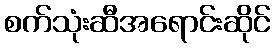
စက်သုံးဆီအရောင်းဆိုင်